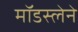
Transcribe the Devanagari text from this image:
मॉडस्लेने